Indian journal of veterinary science and animal husbandry - Volume 2,
Year: 1932
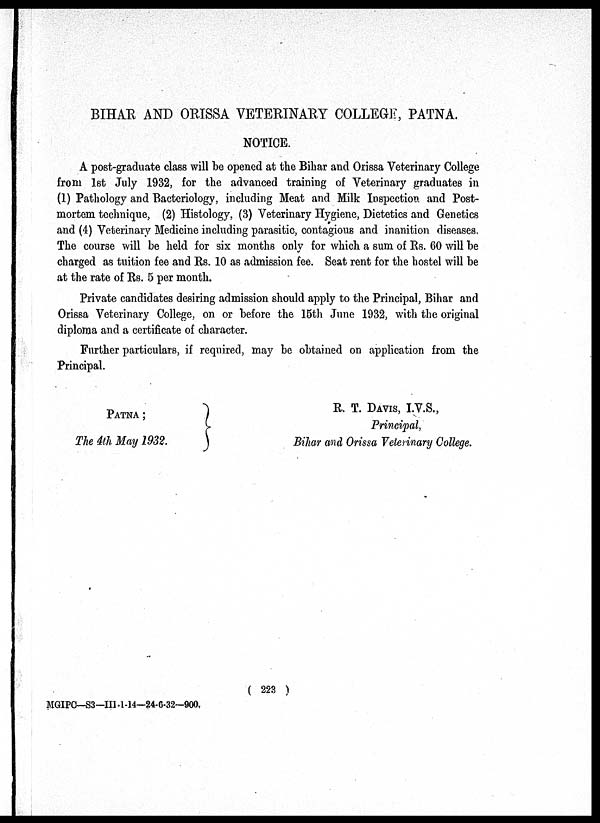
BIHAR AND ORISSA VETERINARY COLLEGE, PATNA.
NOTICE.
A post-graduate class will be opened at the Bihar and Orissa Veterinary College
from 1st July 1932, for the advanced training of Veterinary graduates in
(1) Pathology and Bacteriology, including Meat and Milk Inspection and Post-
mortem technique, (2) Histology, (3) Veterinary Hygiene, Dietetics and Genetics
and (4) Veterinary Medicine including parasitic, contagious and inanition diseases.
The course will be held for six months only for which a sum of Rs. 60 will be
charged as tuition fee and Rs. 10 as admission fee. Seat rent for the hostel will be
at the rate of Rs. 5 per month.
Private candidates desiring admission should apply to the Principal, Bihar and
Orissa Veterinary College, on or before the 15th June 1932, with the original
diploma and a certificate of character.
Further particulars, if required, may be obtained on application from the
Principal.
PATNA ;
The 4th May 1932.
R. T. DAVIS, I.V.S.,
Principal,
Bihar and Orissa Veterinary College.